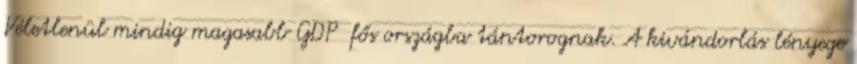
Véletlenül mindig magasabb GDP fős országba tántorognak. A kivándorlás lényege